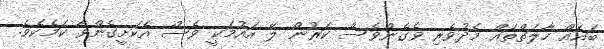
ބައެއް ހާލަތްތައް މެދުވެރި ވެގެންވެސް ކަރުން ލޭ އައުމަކީ ވެސް އެކަށީގެންވާ ކަމެކެވެ.